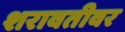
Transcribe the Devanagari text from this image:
शरावतीवर